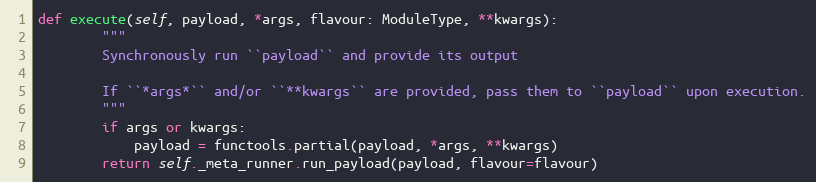
Language: Python
def execute(self, payload, *args, flavour: ModuleType, **kwargs):
        """
        Synchronously run ``payload`` and provide its output

        If ``*args*`` and/or ``**kwargs`` are provided, pass them to ``payload`` upon execution.
        """
        if args or kwargs:
            payload = functools.partial(payload, *args, **kwargs)
        return self._meta_runner.run_payload(payload, flavour=flavour)